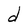
Character: d